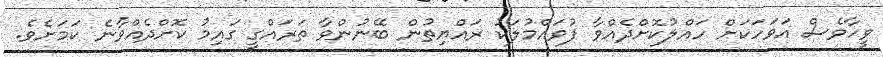
ވީހާވެސް އަވަހަކަށް ހައްލުކޮށްދެއްވާ ފުވައްމުލަކު ރައްޔިތުން ބޭނުންވާ ތަރައްގީ ގައިމު ކޮށްދެއްވާނެ ކަމަށެވެ.